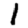
Digit: 1